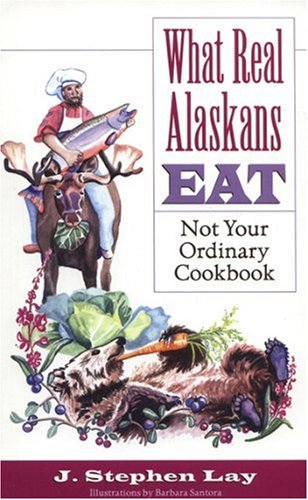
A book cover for What Real Alaskans Eat: Not Your Ordinary Cookbook; J Stephen Lay; Cookbooks, Food & Wine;